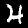
Label: 4